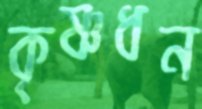
কৃষ্ণধন